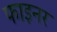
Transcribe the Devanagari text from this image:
फाइनर